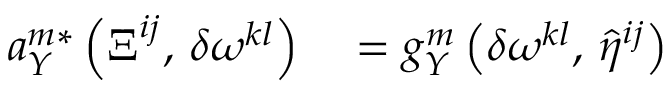
\begin{array} { r l } { a _ { Y } ^ { m * } \left( { \boldsymbol { \Xi } ^ { i j } } , \, { \delta \boldsymbol { \omega } ^ { k l } } \right) } & { { } = g _ { Y } ^ { m } \left( { \delta \boldsymbol { \omega } ^ { k l } } , \, { \hat { \eta } ^ { i j } } \right) } \end{array}